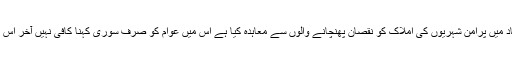
سرکار نے وسیع تر قومی مفاد میں پرامن شہریوں کی املاک کو نقصان پھنچانے والوں سے معاہدہ کیا ہے اس میں عوام کو صرف سوری کہنا کافی نہیں آخر اس نقصان کا ازالہ کون کرے گا۔